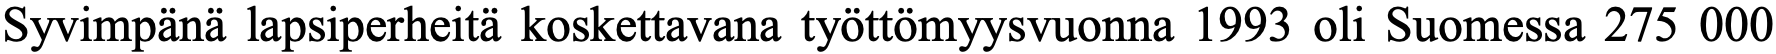
Syvimpänä lapsiperheitä koskettavana työttömyysvuonna 1993 oli Suomessa 275 000